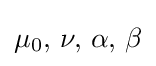
\mu _{0},\,\nu ,\,\alpha ,\,\beta